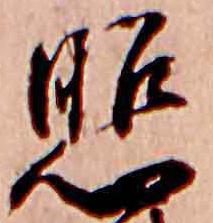
照